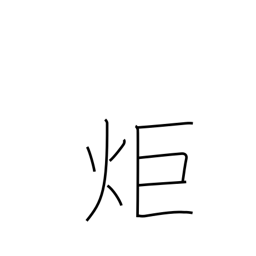
Meaning: signal fire